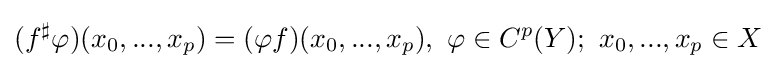
(f^{\sharp }\varphi )(x_{0},...,x_{p})=(\varphi f)(x_{0},...,x_{p}),\ \varphi \in C^{p}(Y);\ x_{0},...,x_{p}\in X